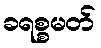
ခရစ္စမတ်